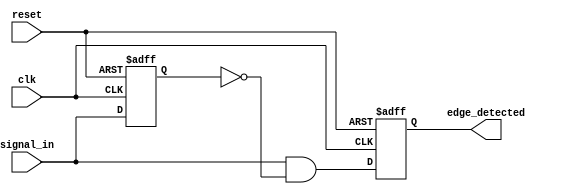
module rising_edge_detector (
    input wire clk,          // Clock signal
    input wire reset,        // Reset signal
    input wire signal_in,    // Input signal to detect rising edge
    output reg edge_detected  // Output pulse indicating rising edge
);

// Internal signal to hold the previous state of the input signal
reg previous_state;

// Always block to sample the input signal on the rising edge of the clock
always @(posedge clk or posedge reset) begin
    if (reset) begin
        previous_state <= 1'b0; // Initialize previous state to 0 on reset
        edge_detected <= 1'b0;   // Initialize output to 0 on reset
    end else begin
        // Detect rising edge
        edge_detected <= (signal_in && !previous_state); // Generate pulse on rising edge
        previous_state <= signal_in; // Update previous state
    end
end

endmodule